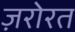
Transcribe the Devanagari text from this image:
ज़रोरत